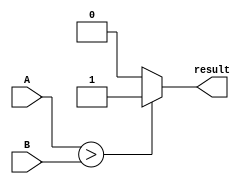
module comparator(
    input [3:0] A,
    input [3:0] B,
    output reg result
);

always @(*) begin
    if(A > B) begin
        result = 1;
    end else begin
        result = 0;
    end
end

endmodule